Civil Veterinary Department Bihar reports 1940-50 - 1940-1950
Year: 1940
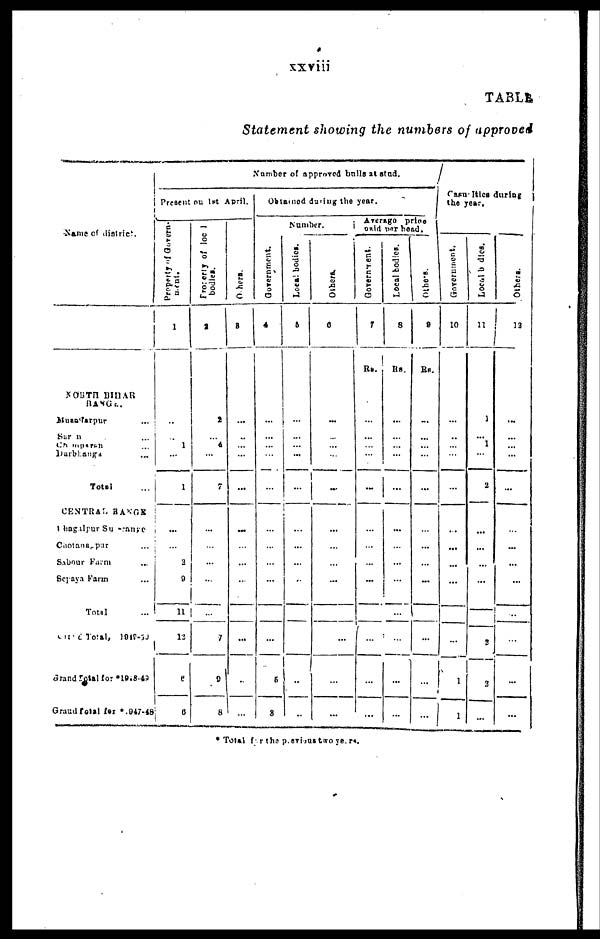
xxviii
TABLE
Statement showing the numbers of approved
Name of district.
NORTH BIHAR
RANGE.
Muzaffarpur ...
Saran ...
Champaran ...
Darbhanga
...
Total ...
CENTRAL RANGE
Bhagalpur Sub-range
Chotanagpur ...
Sabour Farm ...
Seyaya Farm ...
Total ...
Grand Total, 1949-50
Grand Total for *1948-49
Graud Total for *1947-48
Number of approved bulls at stud.
Present on 1st April.
Property of Govern-
ment.
1
..
...
1
...
1
...
...
2
9
11
12
6
6
Property
of local
bodiea.
2
2
...
4
...
7
...
...
...
...
...
7
9
8
Othere.
3
...
...
...
...
...
...
...
...
...
...
...
...
Obtained during the year.
Number.
Government.
4
...
...
...
...
...
...
...
...
...
...
...
5
8
Local bodies.
5
...
...
...
...
...
...
...
...
...
...
...
...
Others
6
...
...
...
...
...
...
...
...
...
...
...
...
Average
price
paid per head.
Government.
7
Rs.
...
...
...
...
...
...
...
...
...
...
...
...
Local bodies.
8
Rs.
...
...
...
...
...
...
...
...
...
...
...
...
Others.
9
RS.
...
...
...
...
...
...
...
...
...
...
...
...
Casus lties during
the year.
Government.
10
...
...
...
...
...
...
...
...
...
...
1
1
Local bodies.
11
1
...
1
...
2
...
...
...
...
...
2
2
...
Others.
...
...
...
...
...
...
...
...
..
...
...
...
* Total for the pevious two years.